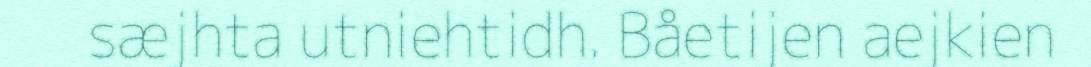
sæjhta utniehtidh. Båetijen aejkien